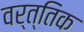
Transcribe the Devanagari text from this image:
वर्त्तिक